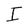
Character: I